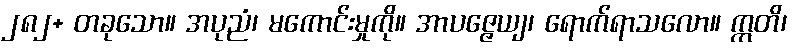
၂၈၂+ တခုသော။ အပုညံ၊ မကောင်းမှုကို။ အာပဇ္ဇေယျ၊ ရောက်ရာသလော။ ဣတိ၊